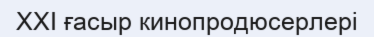
XXI ғасыр кинопродюсерлері